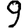
Digit: 9